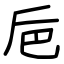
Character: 巵